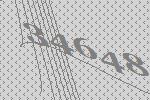
34648